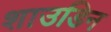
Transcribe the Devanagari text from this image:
शाउडिन